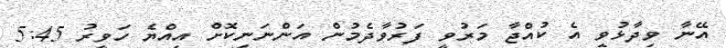
އޭނާ ވިދާޅުވީ އެ ކުއްޖާ މަރުވީ ފަރުވާދެމުން އަންނަނިކޮށް އިއްޔެ ހަވީރު 5:45